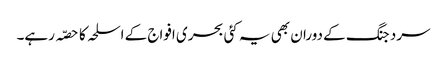
سرد جنگ کے دوران بھی یہ کئی بحری افواج کے اسلحہ کا حصّہ رہے۔